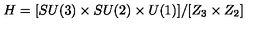
H = [ S U ( 3 ) \times S U ( 2 ) \times U ( 1 ) ] / [ Z _ { 3 } \times Z _ { 2 } ]